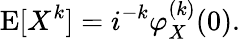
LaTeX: \operatorname{E}[X^{k}]=i^{-k}\varphi_{X}^{(k)}(0).